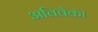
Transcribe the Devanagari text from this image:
अविवेका